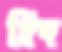
দ্বিদ